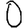
Digit: 0